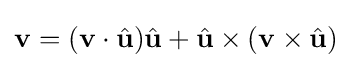
\mathbf {v} =(\mathbf {v} \cdot {\hat {\mathbf {u} }}){\hat {\mathbf {u} }}+{\hat {\mathbf {u} }}\times (\mathbf {v} \times {\hat {\mathbf {u} }})